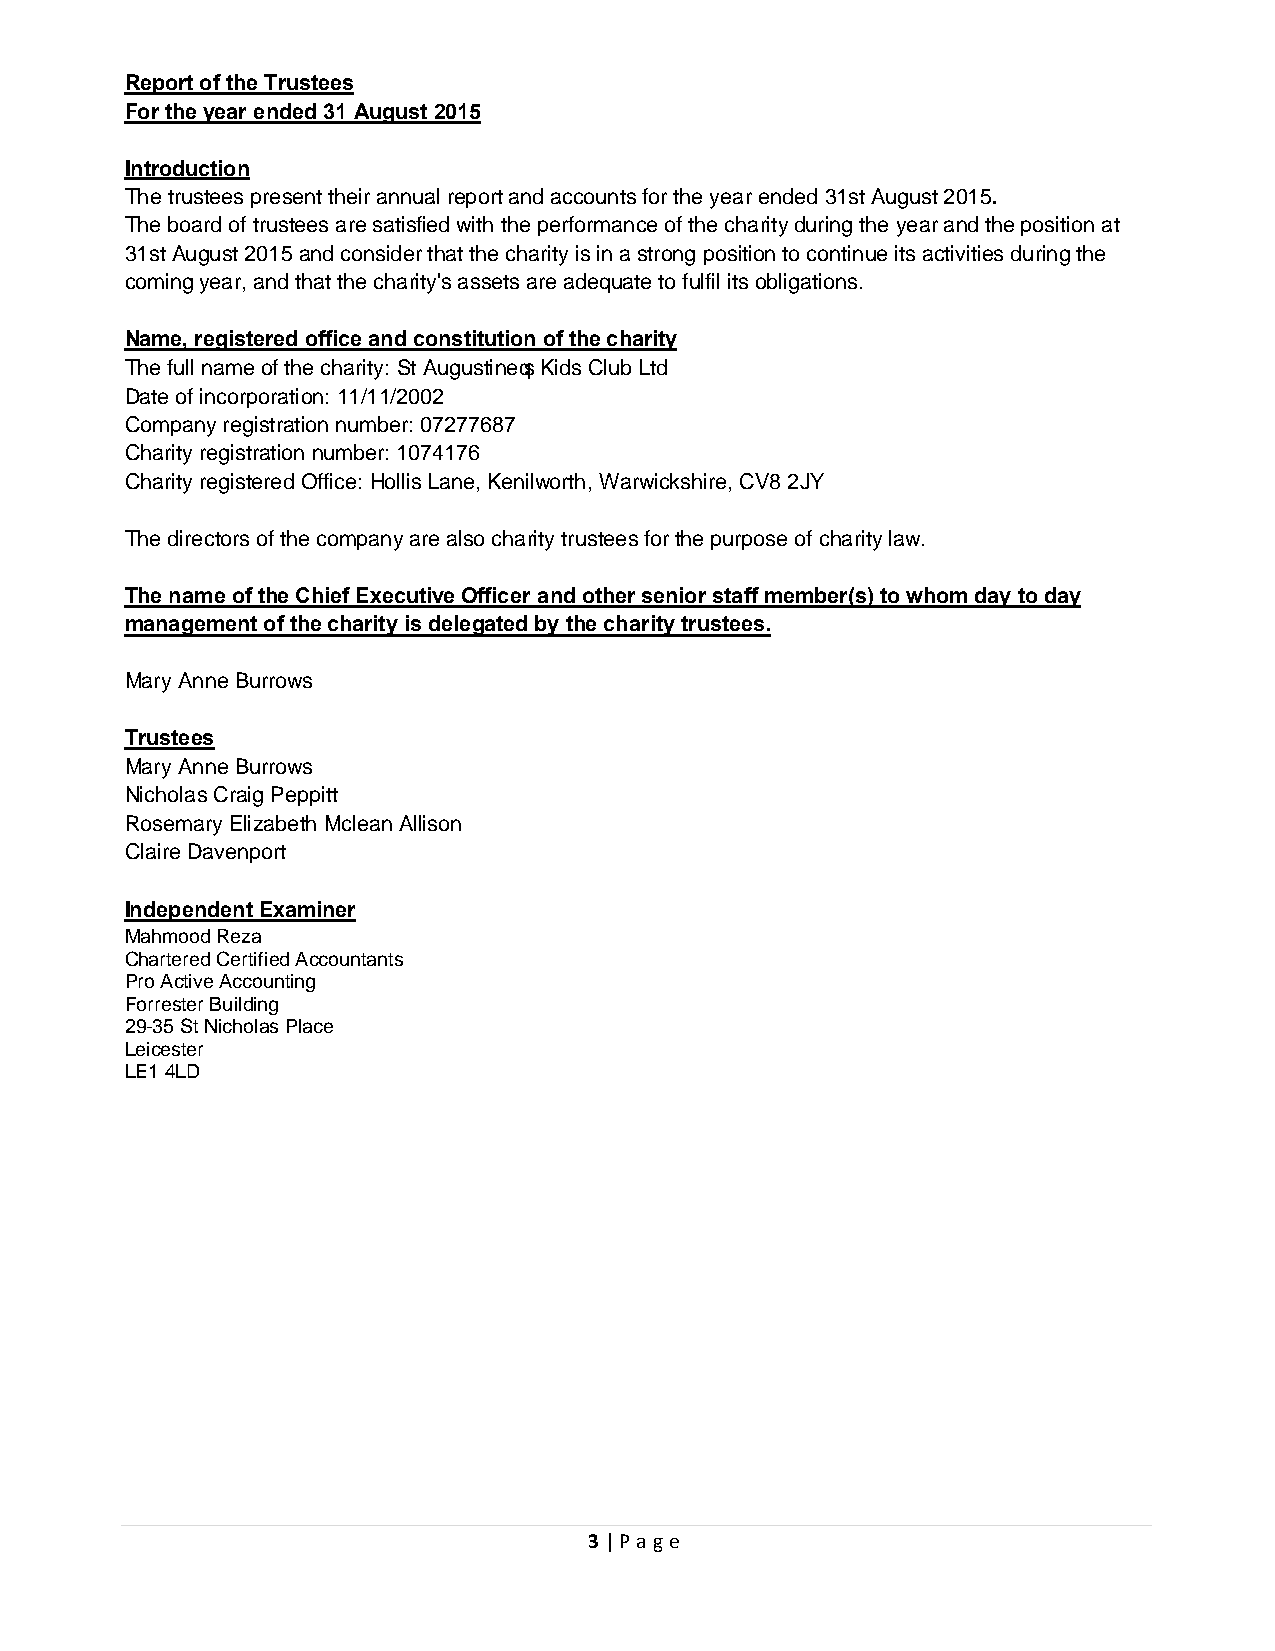
Report of the Trustees
 For the year ended 31 August 2015
 Introduction
 The trustees present their annual report and accounts for the year ended 31st August 2015.
 The board of trustees are satisfied with the performance of the charity during the year and the position at
 31st August 2015 and consider that the charity is in a strong position to continue its activities during the
 coming year, and that the charity's assets are adequate to fulfil its obligations.
 Name, registered office and constitution of the charity
 The full name of the charity: St Augustine’s Kids Club Ltd
 Date of incorporation: 11/11/2002
 Company registration number: 07277687
 Charity registration number: 1074176
 Charity registered Office: Hollis Lane, Kenilworth, Warwickshire, CV8 2JY
 The directors of the company are also charity trustees for the purpose of charity law.
 The name of the Chief Executive Officer and other senior staff member(s) to whom day to day
 management of the charity is delegated by the charity trustees.
 Mary Anne Burrows
 Trustees
 Mary Anne Burrows
 Nicholas Craig Peppitt
 Rosemary Elizabeth Mclean Allison
 Claire Davenport
 Independent Examiner
 Mahmood Reza
 Chartered Certified Accountants
 Pro Active Accounting
 Forrester Building
 29-35 St Nicholas Place
 Leicester
 LE1 4LD
 3 | Page